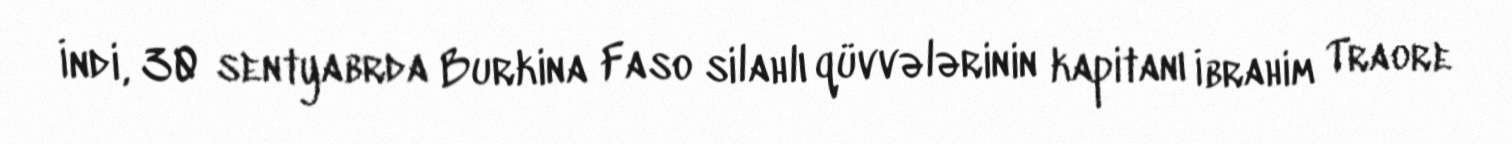
İndi, 30 sentyabrda Burkina Faso silahlı qüvvələrinin kapitanı İbrahim Traore